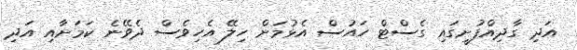
އަދި ގާދިއްފުށީގައި ގެސްޓް ހައުސް އެޅުމަށް ހިލޭ އެހިވެސް ދެވޭނެ ކަމަށާއި އަދި